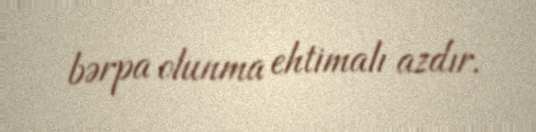
bərpa olunma ehtimalı azdır.